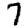
Digit: 7